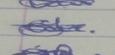
Signature authenticity: genuine